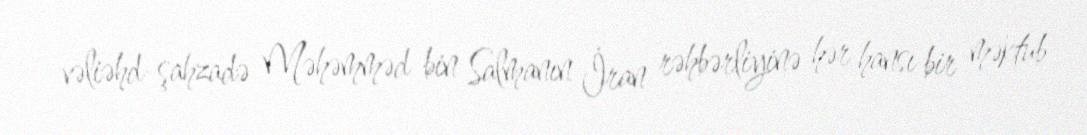
vəliəhd-şahzadə Məhəmməd bin Salmanın İran rəhbərliyinə hər hansı bir məktub